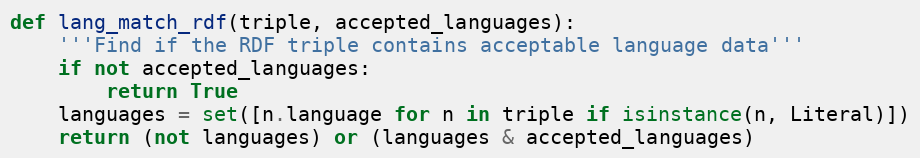
Language: Python
def lang_match_rdf(triple, accepted_languages):
    '''Find if the RDF triple contains acceptable language data'''
    if not accepted_languages:
        return True
    languages = set([n.language for n in triple if isinstance(n, Literal)])
    return (not languages) or (languages & accepted_languages)